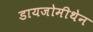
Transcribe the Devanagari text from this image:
डायजोमीथेन